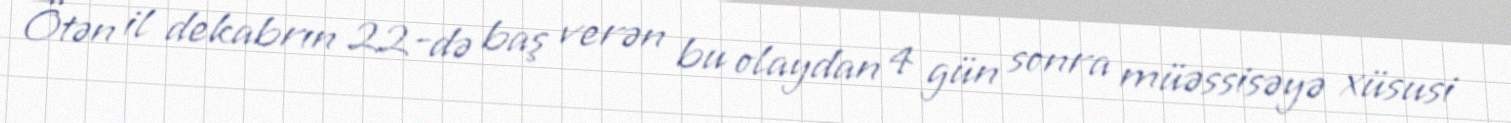
Ötən il dekabrın 22-də baş verən bu olaydan 4 gün sonra müəssisəyə xüsusi